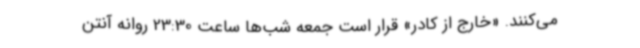
می‌کنند. «خارج از کادر» قرار است جمعه شب‌ها ساعت 23:30 روانه آنتن